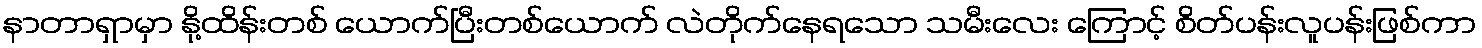
နာတာရှာမှာ နို့ထိန်းတစ် ယောက်ပြီးတစ်ယောက် လဲတိုက်နေရသော သမီးလေး ကြောင့် စိတ်ပန်းလူပန်းဖြစ်ကာ